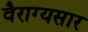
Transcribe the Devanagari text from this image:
वैराग्यसार